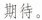
期待。